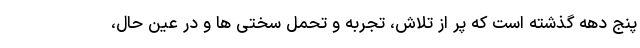
پنج دهه گذشته است که پر از تلاش، تجربه و تحمل سختی ها و در عین حال،